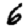
Digit: 6